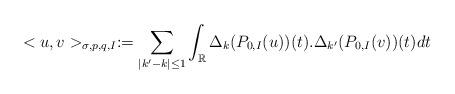
LaTeX: \begin{align*}<u, v>_{\sigma, p, q, I} := \sum_{\vert k' - k \vert\leq 1}\int_{\mathbb{R}}\Delta_{k}(P_{0, I}(u))(t).\Delta_{k'}(P_{0, I}(v))(t)dt\end{align*}